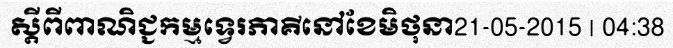
ស្តីពីពាណិជ្ជកម្មទ្វេរភាគីនៅខែមិថុនា21-05-2015 | 04:38